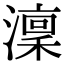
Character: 澟